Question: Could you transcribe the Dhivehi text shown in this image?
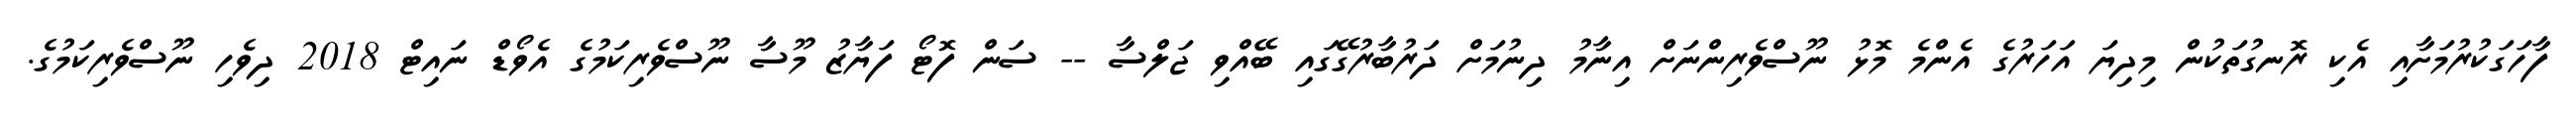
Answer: ފާހަގަކުރުމަށާއި އެކި ރޮނގުތަކުން މިދިޔަ އަހަރުގެ އެންމެ މޮޅު ނޫސްވެރިންނަށް އިނާމު ދިނުމަށް ދަރުބާރުގޭގައި ބޭއްވި ޖަލްސާ -- ސަން ފޮޓޯ ފަޔާޒު މޫސާ ނޫސްވެރިކަމުގެ އެވޯޑް ނައިޓް 2018 ދިވެހި ނޫސްވެރިކަމުގެ.